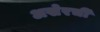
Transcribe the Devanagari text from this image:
अखेरचीं